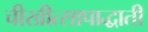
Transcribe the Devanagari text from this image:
चीखीत्सापाद्धाती